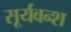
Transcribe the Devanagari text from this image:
सूर्यवन्श